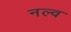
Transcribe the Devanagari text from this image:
नल्व